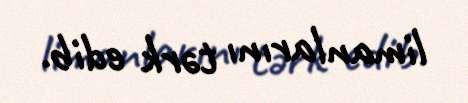
limanlarını tərk edib.